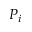
P _ { i }